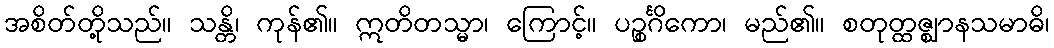
အစိတ်တို့သည်။ သန္တိ၊ ကုန်၏။ ဣတိတသ္မာ၊ ကြောင့်။ ပဉ္စင်္ဂိကော၊ မည်၏။ စတုတ္ထဇ္ဈာနသမာဓိ၊